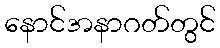
နောင်အနာဂတ်တွင်